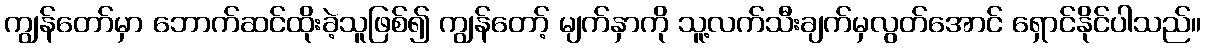
ကျွန်တော်မှာ ဘောက်ဆင်ထိုးခဲ့သူဖြစ်၍ ကျွန်တော့် မျက်နှာကို သူ့လက်သီးချက်မှလွတ်အောင် ရှောင်နိုင်ပါသည်။